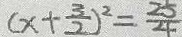
( x + \frac { 3 } { 2 } ) ^ { 2 } = \frac { 2 5 } { 4 }